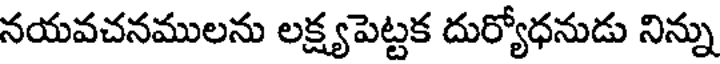
నయవచనములను లక్ష్యపెట్టక దుర్యోధనుడు నిన్ను